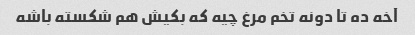
آخه ده تا دونه تخم مرغ چیه که بکیش هم شکسته باشه